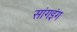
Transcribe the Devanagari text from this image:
सांगइंग